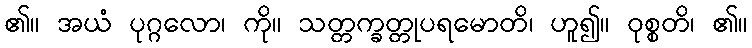
၏။ အယံ ပုဂ္ဂလော၊ ကို။ သတ္တက္ခတ္တုပရမောတိ၊ ဟူ၍။ ဝုစ္စတိ၊ ၏။